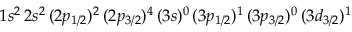
1 s ^ { 2 } \, 2 s ^ { 2 } \, ( 2 p _ { 1 / 2 } ) ^ { 2 } \, ( 2 p _ { 3 / 2 } ) ^ { 4 } \, ( 3 s ) ^ { 0 } \, ( 3 p _ { 1 / 2 } ) ^ { 1 } \, ( 3 p _ { 3 / 2 } ) ^ { 0 } \, ( 3 d _ { 3 / 2 } ) ^ { 1 }